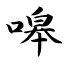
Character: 嗥